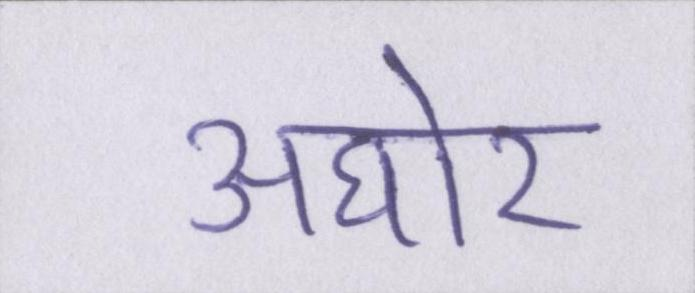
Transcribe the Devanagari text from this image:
अघोर